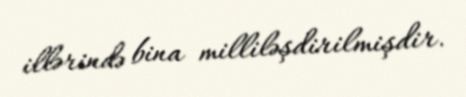
illərində bina milliləşdirilmişdir.